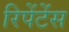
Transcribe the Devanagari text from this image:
रिपेंटेंस